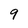
Character: 9